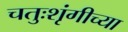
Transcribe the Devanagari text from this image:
चतुःशृंगीच्या